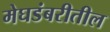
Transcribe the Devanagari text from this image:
मेघडंबरीतील